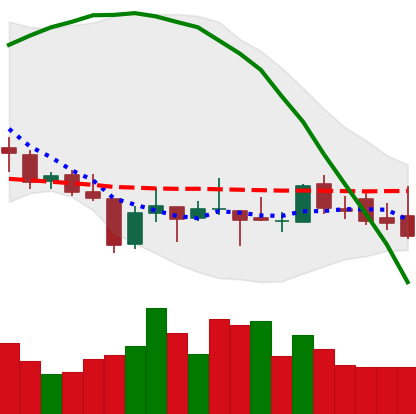
Ticker: XLM-USD
Chart end date: 2018-08-22
Forward return: 8.962%
Label: up_7plus